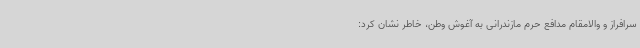
سرافراز و والامقام مدافع حرم مازندرانی به آغوش وطن، خاطر نشان کرد: